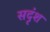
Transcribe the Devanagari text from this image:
सदृंश